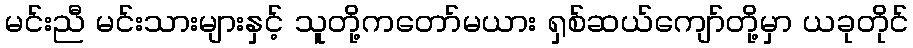
မင်းညီ မင်းသားများနှင့် သူတို့ကတော်မယား ရှစ်ဆယ်ကျော်တို့မှာ ယခုတိုင်